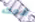
لأمك